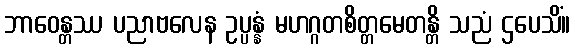
ဘာဝေန္တဿ ပညာဗလေန ဥပ္ပန္နံ မဟဂ္ဂတစိတ္တမေတန္တိ သညံ ဌပေသိံ။